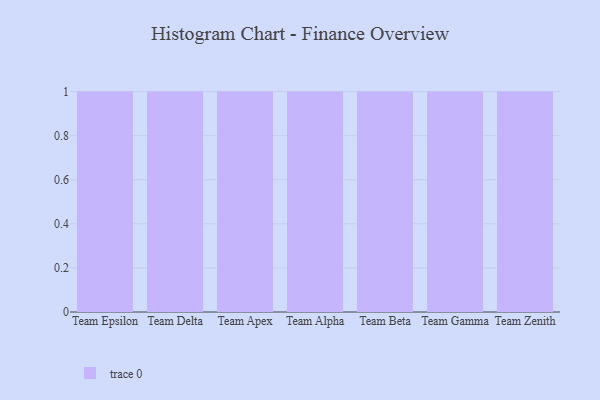
{"axis": {"x": "Team", "y": "Net Income (USD K)"}, "legend": [""], "data": [{"x": "Team Epsilon", "y": 64, "type": ""}, {"x": "Team Delta", "y": 62, "type": ""}, {"x": "Team Apex", "y": 37, "type": ""}, {"x": "Team Alpha", "y": 71, "type": ""}, {"x": "Team Beta", "y": 77, "type": ""}, {"x": "Team Gamma", "y": 28, "type": ""}, {"x": "Team Zenith", "y": 9, "type": ""}]}